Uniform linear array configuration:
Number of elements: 48
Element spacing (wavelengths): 1
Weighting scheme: hamming
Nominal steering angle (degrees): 30
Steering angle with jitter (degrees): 29.279
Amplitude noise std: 0.05
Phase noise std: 0.05

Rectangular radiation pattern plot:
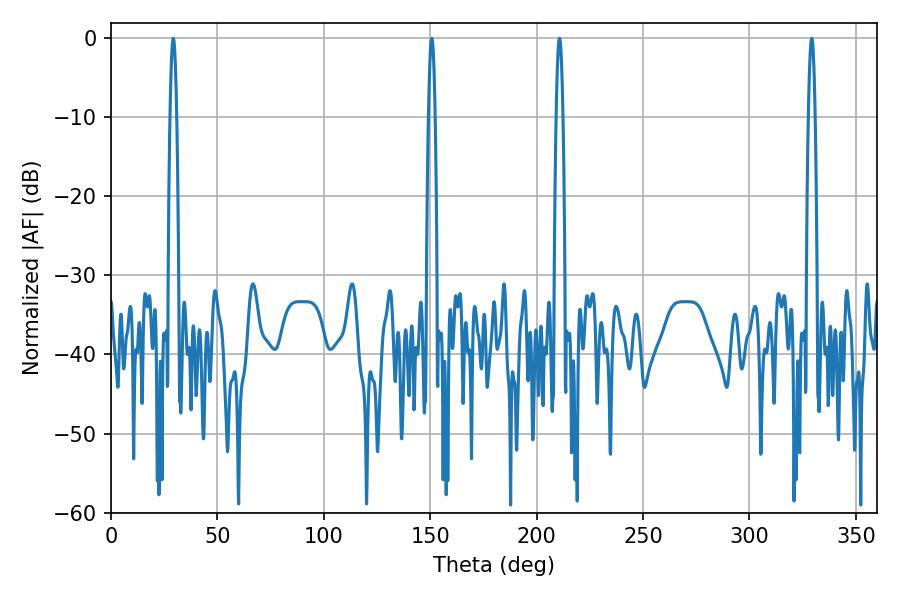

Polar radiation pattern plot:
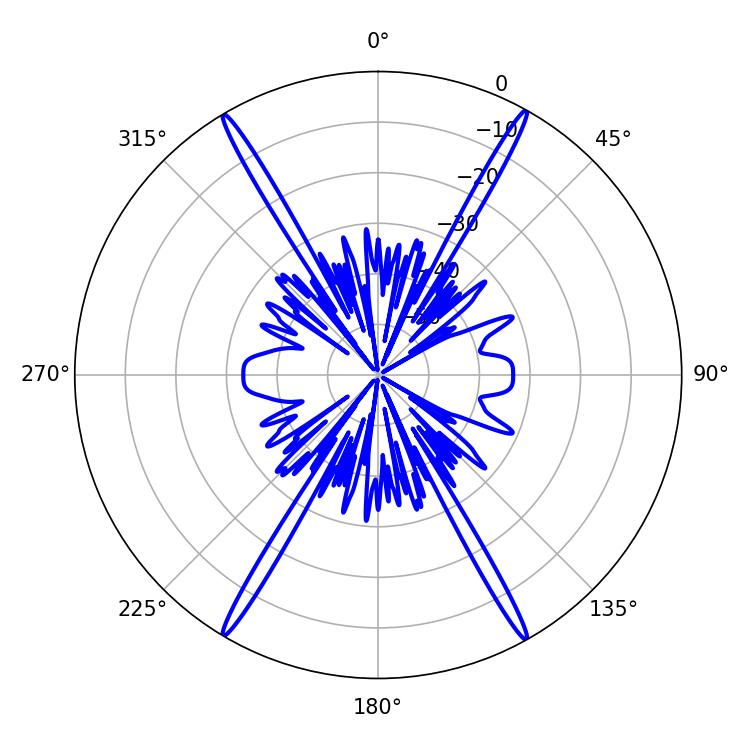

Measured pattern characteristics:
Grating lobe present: TRUE
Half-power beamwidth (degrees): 1.62
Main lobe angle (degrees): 329.22